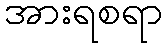
အားရစရာ